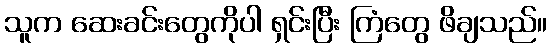
သူက ဆေးခင်းတွေကိုပါ ရှင်းပြီး ကြံတွေ ဖိချသည်။